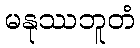
မနုဿဘူတံ